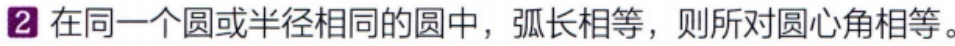
在同一个圆或半径相同的圆中，弧长相等，则所对圆心角相等。